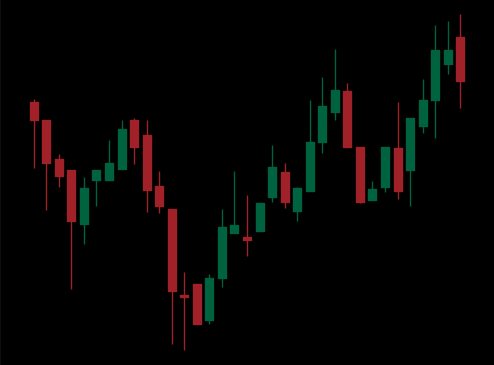
Pattern: inverse_head_shoulders